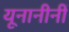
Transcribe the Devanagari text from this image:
यूनानीनीं